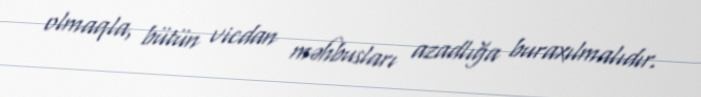
olmaqla, bütün vicdan məhbusları azadlığa buraxılmalıdır.